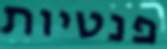
פנטיות